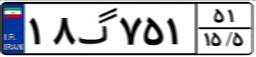
۱۸گ۷۵۱۵۱